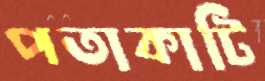
পতাকাটি